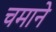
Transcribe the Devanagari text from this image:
चमाने